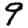
Digit: 9